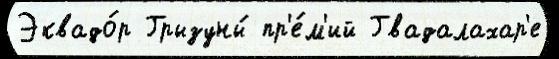
Эквадо́р Грызуны́ пр'е́м'ий Гвадалахар'е